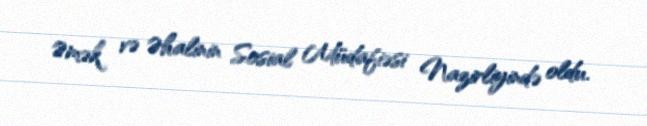
Əmək və Əhalinin Sosial Müdafiəsi Nazirliyində oldu.